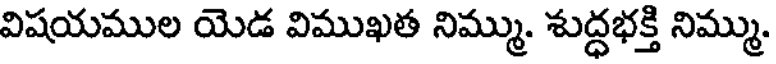
విషయముల యెడ విముఖత నిమ్ము. శుద్ధభక్తి నిమ్ము.